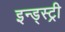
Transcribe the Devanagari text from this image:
इन्ड्स्ट्री